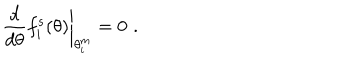
LaTeX: \left. \frac { d } { d \theta } f _ { i } ^ { s } ( \theta ) \right| _ { \theta _ { i } ^ { m } } = 0 \, \, .